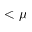
< \mu